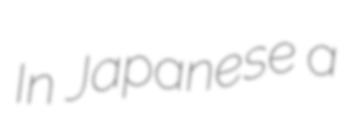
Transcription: In Japanese a